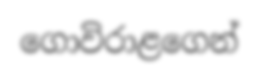
ගොවිරාළගෙන්